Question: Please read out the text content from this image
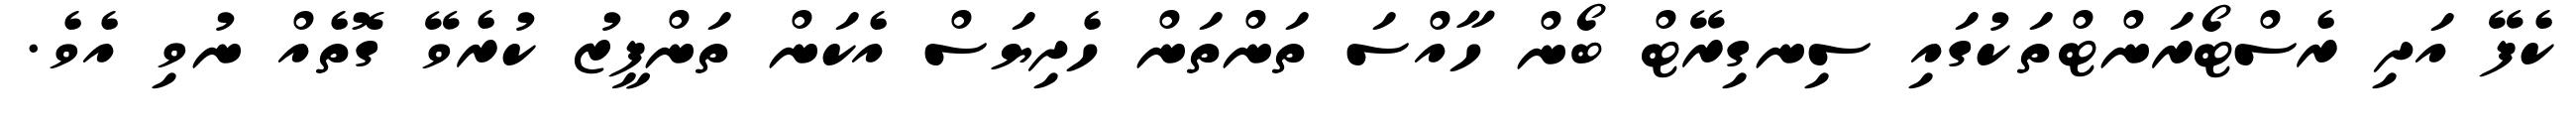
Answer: ކެފޭ އަދި ރެސްޓޯރަންޓްތަކުގައި ސިނގިރޭޓް ބޯން ހާއްސަ ތަންތަން ހެދިޔަސް އެކަން ތަންފީޒު ކުރެވޭ ގޮތެއް ނުވި އެވެ.